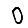
Digit: 0